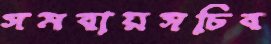
সমবায়সচিব